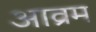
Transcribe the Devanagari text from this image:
आव्रम